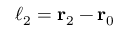
\boldsymbol { \ell } _ { 2 } = \mathbf { r } _ { 2 } - \mathbf { r } _ { 0 }